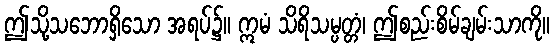
ဤသို့သဘောရှိသော အရပ်၌။ ဣမံ သိရိသမ္ပတ္တံ၊ ဤစည်းစိမ်ချမ်းသာကို။